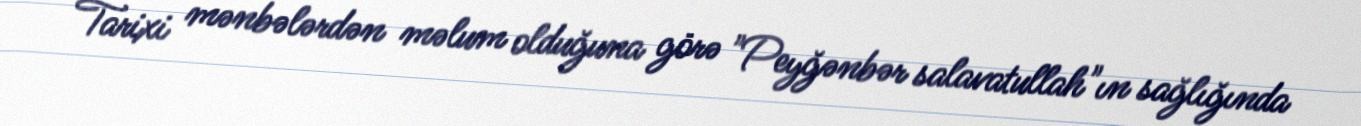
Tarixi mənbələrdən məlum olduğuna görə "Peyğənbər salavatullah"ın sağlığında